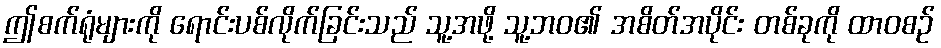
ဤစက်ရုံများကို ရောင်းပစ်လိုက်ခြင်းသည် သူ့အဖို့ သူ့ဘဝ၏ အစိတ်အပိုင်း တစ်ခုကို ထာဝစဉ်